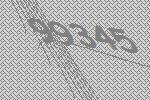
99345